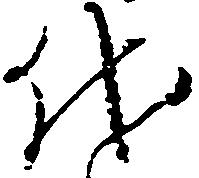
代